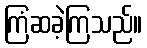
ကြံဆခဲ့ကြသည်။